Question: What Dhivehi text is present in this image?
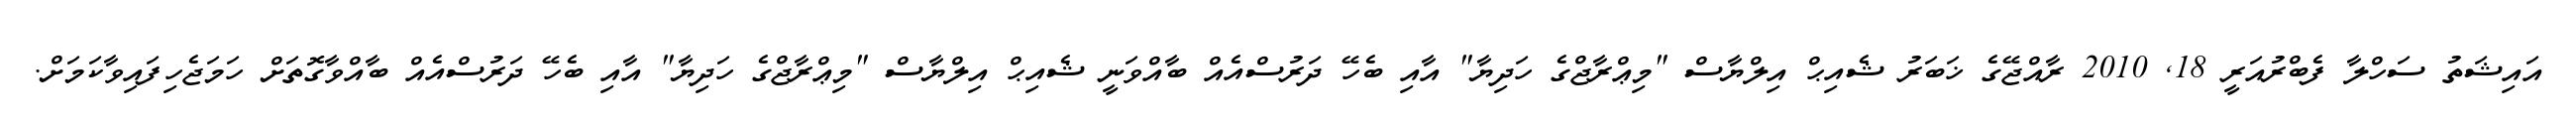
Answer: އައިޝަތު ސަހްލާ ފެބްރުއަރީ 18, 2010 ރާއްޖޭގެ ޚަބަރު ޝެއިޙް އިލްޔާސް "މިޢްރާޖްގެ ހަދިޔާ" އާއި ބެހޭ ދަރުސްއެއް ބާއްވަނީ ޝެއިޙް އިލްޔާސް "މިޢްރާޖްގެ ހަދިޔާ" އާއި ބެހޭ ދަރުސްއެއް ބާއްވާގޮތަށް ހަމަޖެހިފައިވާކަމަށް.